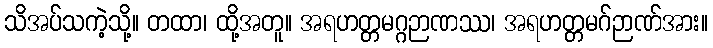
သိအပ်သကဲ့သို့။ တထာ၊ ထို့အတူ။ အရဟတ္တမဂ္ဂဉာဏဿ၊ အရဟတ္တမဂ်ဉာဏ်အား။